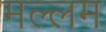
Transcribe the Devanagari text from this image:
मल्लम